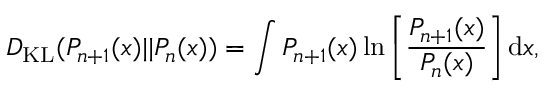
D _ { \mathrm { K L } } ( P _ { n + 1 } ( x ) | | P _ { n } ( x ) ) = \int P _ { n + 1 } ( x ) \ln \left[ \frac { P _ { n + 1 } ( x ) } { P _ { n } ( x ) } \right] \mathrm { d } x ,